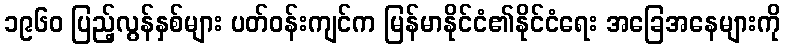
၁၉၆၀ ပြည့်လွန်နှစ်များ ပတ်ဝန်းကျင်က မြန်မာနိုင်ငံ၏နိုင်ငံရေး အခြေအနေများကို